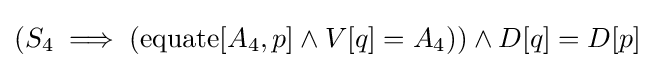
(S_{4}\implies (\operatorname {equate} [A_{4},p]\land V[q]=A_{4}))\land D[q]=D[p]